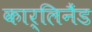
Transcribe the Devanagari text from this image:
कार्लिनैंड